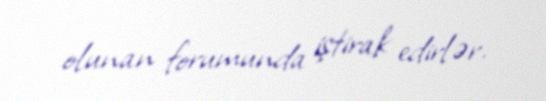
olunan forumunda iştirak edirlər.